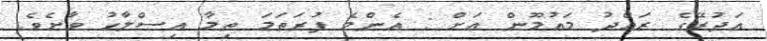
އަދުރޭގެ ރައްދު މައުމޫން އަށް : އެންމެ ފުރަތަމަ ތިމާ އިސްލާހު ވާށެވެ.